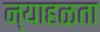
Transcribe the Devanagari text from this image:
न्याहळता